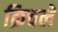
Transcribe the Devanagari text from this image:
क्रिचले